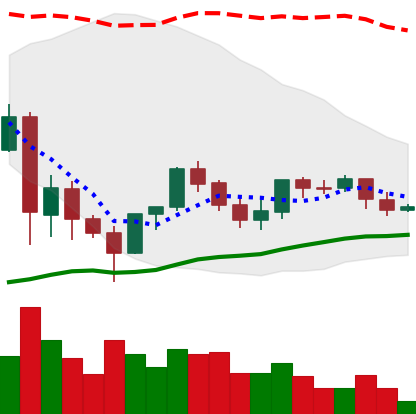
Ticker: LINK-USD
Chart end date: 2021-06-06
Forward return: -22.041%
Label: down_7plus